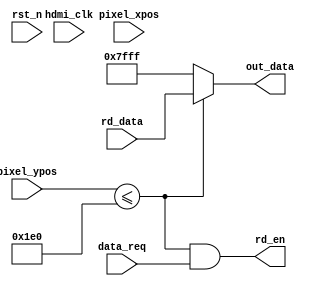
module data_ctrl(
	input hdmi_clk,
	input rst_n,
	input [10:0] pixel_xpos,
	input [10:0] pixel_ypos,
	input [15:0] rd_data,
	input data_req,
	
	output  [15:0] out_data,
	output  rd_en
);

assign rd_en = (pixel_ypos <= 11'd480) & data_req;
assign out_data = (pixel_ypos <= 11'd480) ? rd_data : 16'h7FFF;

/*always @(posedge hdmi_clk or negedge rst_n)
begin
	if(!rst_n) begin rd_en<=1'b0; end
	else 
	begin
		if(pixel_ypos <= 11'd480-1 && data_req) rd_en<=1'b1;
		else rd_en<=1'b0;
	end
end*/

/*always @(posedge hdmi_clk or negedge rst_n)
begin
	if(!rst_n) begin out_data<=16'b0; end
	else 
	begin
		if(pixel_ypos <= 11'd480-1'b1) out_data<=rd_data;
		else out_data<=16'h7FFF;
	end
end*/

endmodule